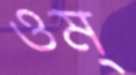
ওম্